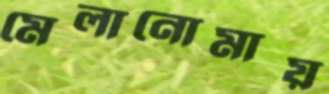
মেলানোমায়